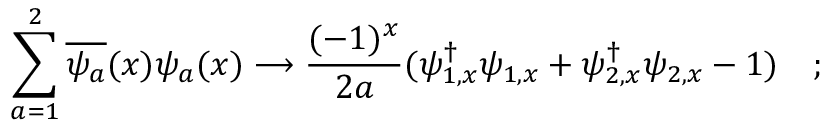
\sum _ { a = 1 } ^ { 2 } \overline { { { \psi _ { a } } } } ( x ) \psi _ { a } ( x ) \longrightarrow \frac { ( - 1 ) ^ { x } } { 2 a } ( \psi _ { 1 , x } ^ { \dagger } \psi _ { 1 , x } + \psi _ { 2 , x } ^ { \dagger } \psi _ { 2 , x } - 1 ) \quad ;